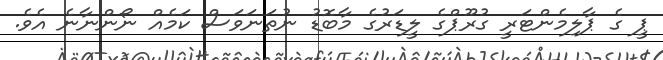
ޕީ ގެ ޕާލިމެންޓަރީ ގުރޫޕްގެ ލީޑަރުގެ މާބޮޑު ނުތަނަވަސް ކަމެއް ނޯންނާނެ އެވެ.